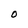
Character: O